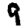
Digit: 9